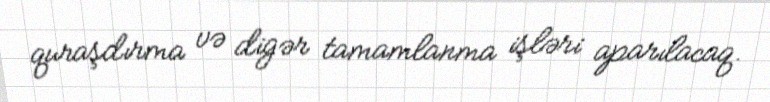
quraşdırma və digər tamamlanma işləri aparılacaq.